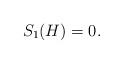
LaTeX: \begin{align*}S_1(H) = 0. \end{align*}